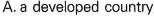
A. a developed country